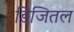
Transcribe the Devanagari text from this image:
डिजितल